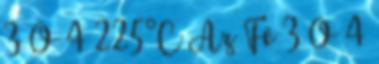
3 O 4 225°C Az Fe 3 O 4